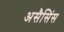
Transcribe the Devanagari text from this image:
असैसिंस